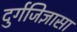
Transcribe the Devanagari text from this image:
दुर्गजिज्ञासा